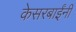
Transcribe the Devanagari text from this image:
केसरबाईंनी